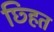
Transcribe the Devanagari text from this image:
छ्हित